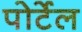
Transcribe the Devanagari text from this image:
पोर्टेल